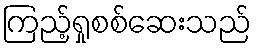
ကြည့်ရှုစစ်ဆေးသည်